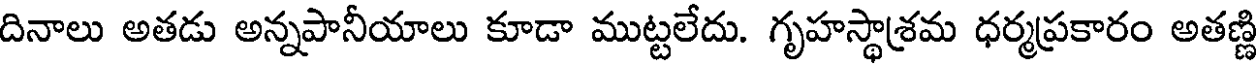
దినాలు అతడు అన్నపానీయాలు కూడా ముట్టలేదు. గృహస్థాశ్రమ ధర్మప్రకారం అతణ్ణి